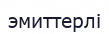
эмиттерлі